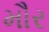
મૌર